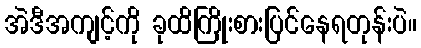
အဲဒီအကျင့်ကို ခုထိကြိုးစားပြင်နေရတုန်းပဲ။